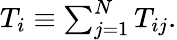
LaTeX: \begin{array}{r}{T_{i}\equiv\sum_{j=1}^{N}T_{ij}.}\end{array}